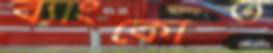
ব্যাংকোত